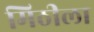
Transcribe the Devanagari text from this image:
मिठीला